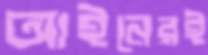
আইনেরই